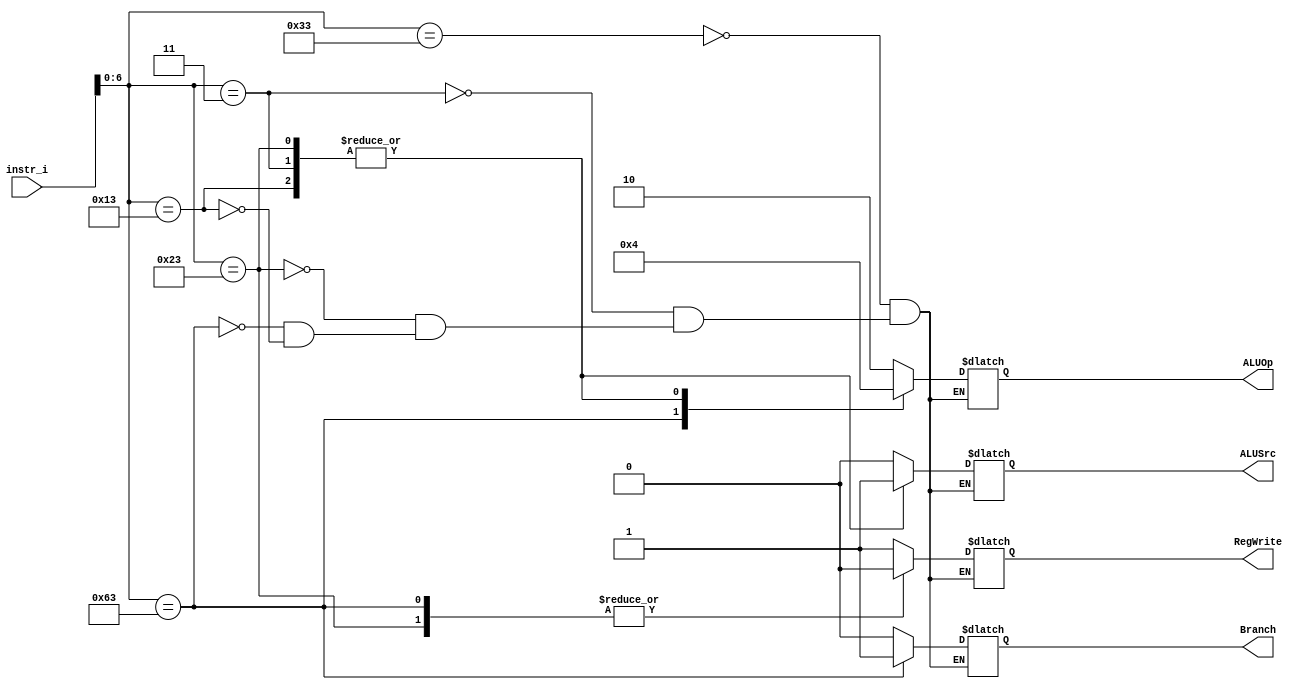
/***************************************************
Student Name: 
Student ID: 
***************************************************/

`timescale 1ns/1ps

module Decoder(
	input  [32-1:0] instr_i,
	output 		ALUSrc,
	output 		RegWrite,
	output 		Branch,
	output [2-1:0]	ALUOp
	);
	
/* Write your code HERE */
reg            alusrc;
reg            regwrite;
reg            branch;
reg    [2-1:0] ALU_OP;

always@ * 
	begin
	case(instr_i[7-1:0]) 
		/* R-format */
		7'b0110011:
			begin
				alusrc <= 0; regwrite <= 1; branch <= 0; ALU_OP <= 2'b10;
			end
		/* I-type Load */
		7'b0000011:
			begin
				alusrc <= 1; regwrite <= 1; branch <= 0; ALU_OP <= 2'b00;
			end
		/* S-type */
		7'b0100011:
			begin
				alusrc <= 1; regwrite <= 0; branch <= 0; ALU_OP <= 2'b00;
			end
		/* SB-type */
		7'b1100011:
			begin
				alusrc <= 0; regwrite <= 0; branch <= 1; ALU_OP <= 2'b01;
			end
		/* I-type immediate */
		7'b0010011:
			begin
				alusrc <= 1; regwrite <= 1; branch <= 0; ALU_OP <= 2'b00;
			end
	endcase
//$display("%0dns :\$display: Opcode = %7b ALUSrc=%b RegWrite=%b Branch =%b ALUOp =%2b"  , $stime, instr_i[7-1:0], alusrc, regwrite, branch, ALU_OP);

end

assign ALUSrc = alusrc;
assign RegWrite = regwrite;
assign Branch = branch;
assign ALUOp = ALU_OP;

endmodule